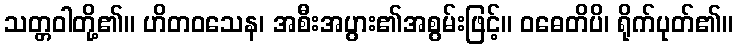
သတ္တဝါတို့၏။ ဟိတဝသေန၊ အစီးအပွား၏အစွမ်းဖြင့်။ ဝဓေတိပိ၊ ရိုက်ပုတ်၏။